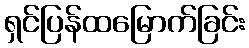
ရှင်ပြန်ထမြောက်ခြင်း